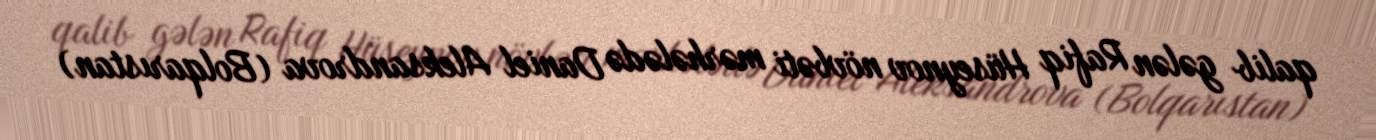
qalib gələn Rafiq Hüseynov növbəti mərhələdə Daniel Aleksandrova (Bolqarıstan)